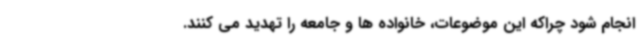
انجام شود چراکه این موضوعات، خانواده ها و جامعه را تهدید می کنند.